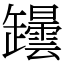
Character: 𦉡